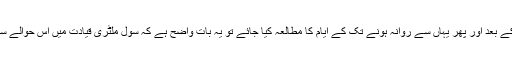
جنرل پرویز مشرف کے کراچی منتقل ہونے کے بعد اور پھر یہاں سے روانہ ہونے تک کے ایام کا مطالعہ کیا جائے تو یہ بات واضح ہے کہ سول ملٹری قیادت میں اس حوالے سے مکمل طورپر مختلف نقطہ نظر موجود تھا۔